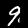
Label: 9